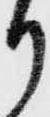
り